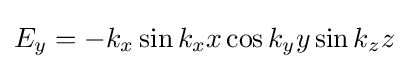
E_{y}=-k_{x}\sin k_{x}x\cos k_{y}y\sin k_{z}z